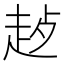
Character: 𬦊